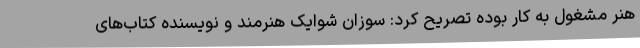
هنر مشغول به کار بوده تصریح کرد: سوزان شوایک هنرمند و نویسنده کتاب‌های